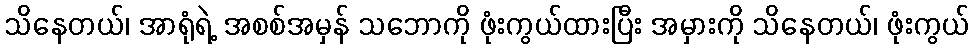
သိနေတယ်၊ အာရုံရဲ့ အစစ်အမှန် သဘောကို ဖုံးကွယ်ထားပြီး အမှားကို သိနေတယ်၊ ဖုံးကွယ်